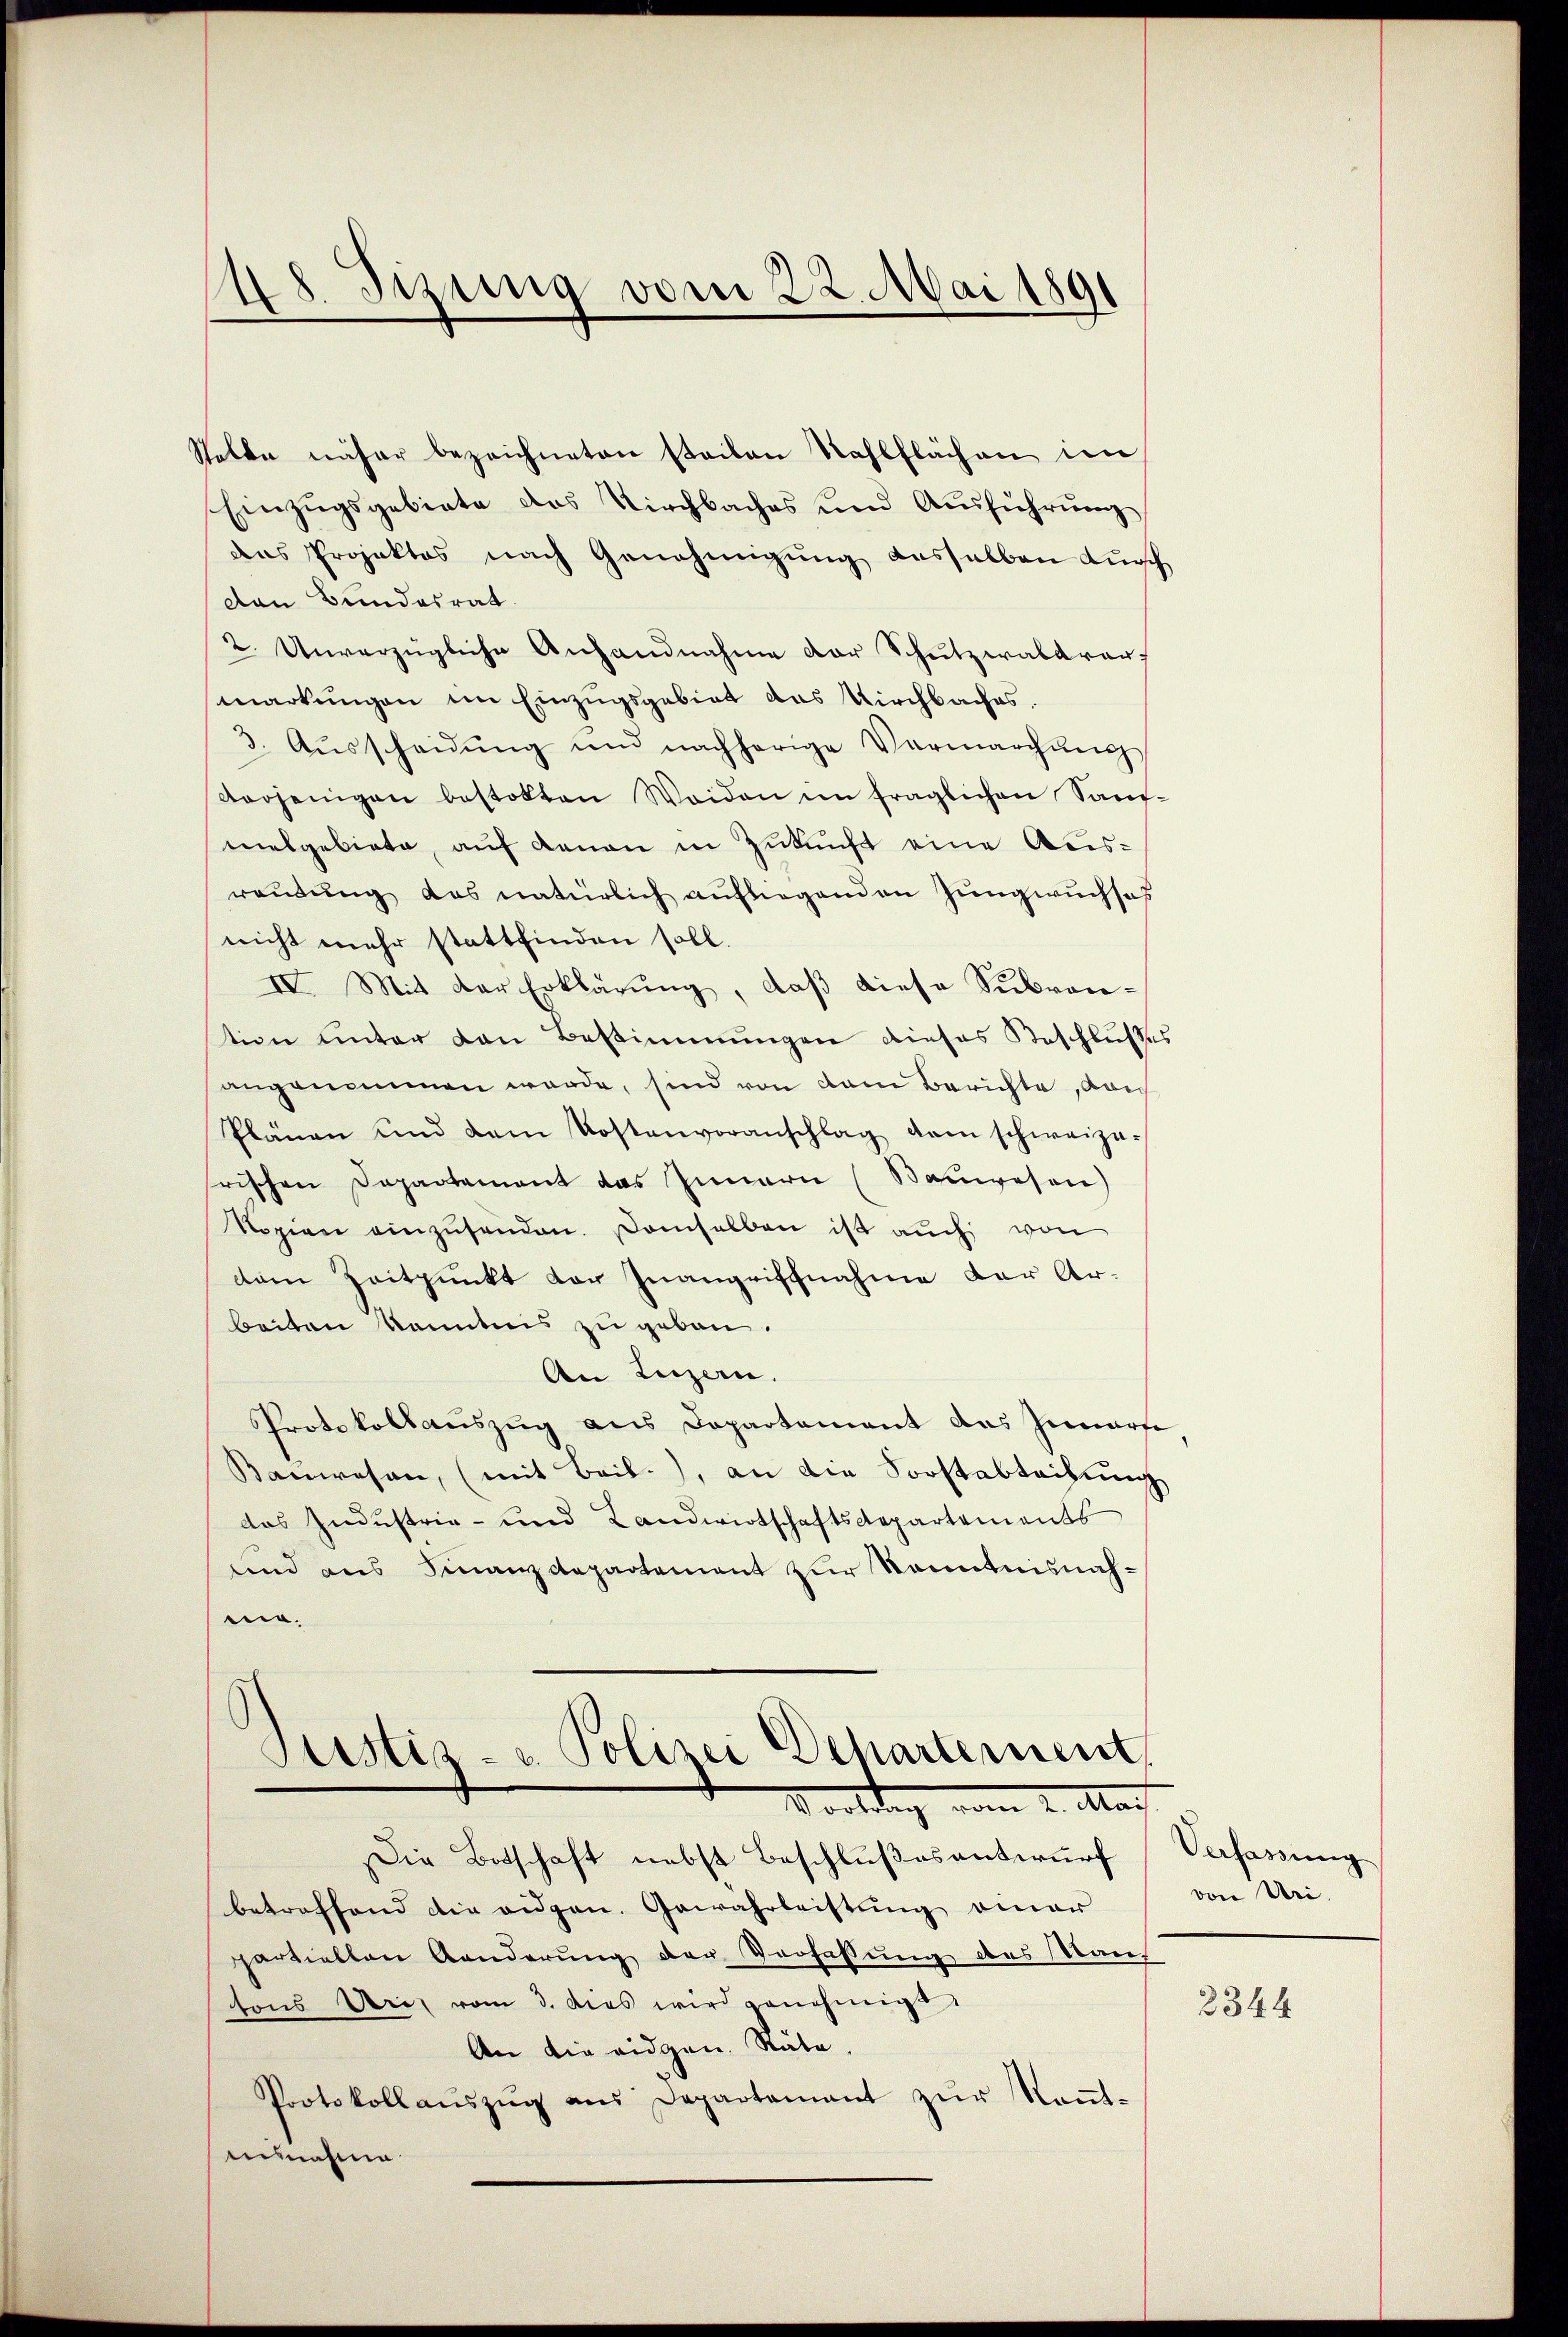
18. Sizung vom 22. Mai 1891

Stelle näher bezeichneten steilen Wahlflächen im
Einzugsgebiete das Kirchbaches und Ausführung
das Projektes nach Genehmigung desselben durch
den Bundesrat
2. Unverzügliche Anhandnahme der Schutzwalder,
markungen im Einzugsgebiet das Kirchbaches.
3. Aŭsscheidŭng und nachherige Vermarchŭng
verjenigen bestalten Weiden im fraglichen Sauf-
malgebiete, auf denen in Zukunft eine Ausreŭtŭng das natürlich aŭfliegenden Jungwuchses
nicht mehr stattfinden soll.
IV. Mit der Erklärung, daß diese Subrontion unter den Bestimmungen dieses Geschlusses
angenommen werde, sind von dem Berichte, dan
Plänen und dem Kostenvoranschlag dem schweize-
rischen Departement das Innern (Bauwesen)
Ropian einzŭsenden. Demselben ist aŭch von
dem Zeitpunkt der Inangriffnahme der Arbeiten kanntnis zu geben.
An Luzern.
Protokollauszug aus Departement das Innerse
Kanwesen, (mit Bail.), an die Sorstabteilung
das Industrie- und Landwirtschaftsdepartements
und aus Finanzdepartement zur Kenntnisnahme.
Justiz- u. Polizei Departement
Vortrag vom 2. Nac
Die Botschaft nebst Beschlußes antwurf
betreffend die eidgen. Gewährleistung einer
partiellen Aenderŭng der Verfassŭng des Man
tons Art vom 3. das wird genehmigt
An die eidgen. Stube.
Protokollaŭszŭg aŭs Departement zŭr Keṅt-
ensnahme

Verfassung
von Uri.

2344